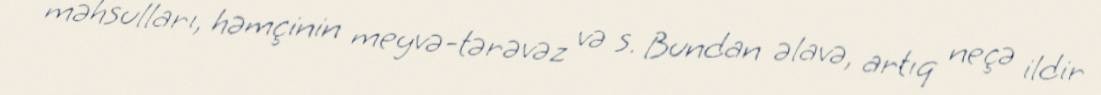
məhsulları, həmçinin meyvə-tərəvəz və s. Bundan əlavə, artıq neçə ildir